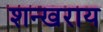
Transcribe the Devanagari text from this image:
शन्खराय